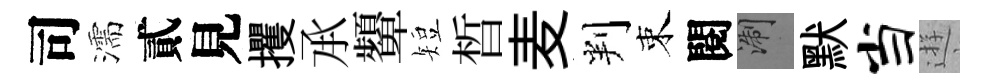
司濡貳見攫𠄘顰短晳麦判束閱浙默当逰